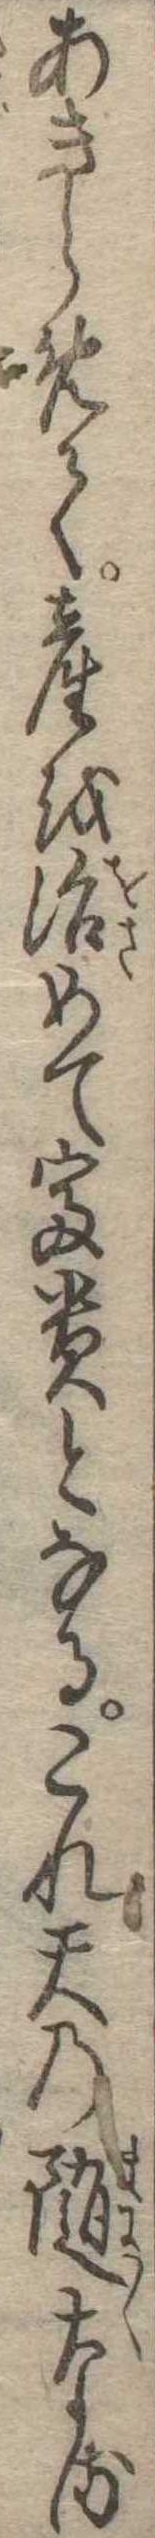
あきらめて産を治めて富貴となるこれ天の随なる